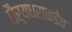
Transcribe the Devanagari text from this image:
धैर्यधराकडेच